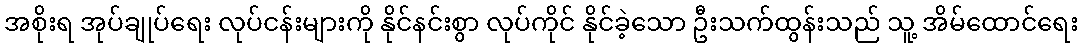
အစိုးရ အုပ်ချုပ်ရေး လုပ်ငန်းများကို နိုင်နင်းစွာ လုပ်ကိုင် နိုင်ခဲ့သော ဦးသက်ထွန်းသည် သူ့ အိမ်ထောင်ရေး